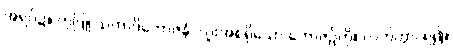
အရပ်၌။ ကုဒြူ သကာဒိဘောဇနံ၊ လူးအစရှိသော ဘောဇဉ်ကို။ လဘိတွာ၊ ရ၍။